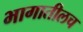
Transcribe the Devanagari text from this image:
भागातीलच